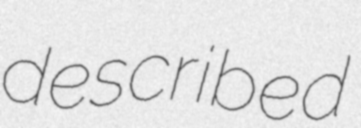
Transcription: described